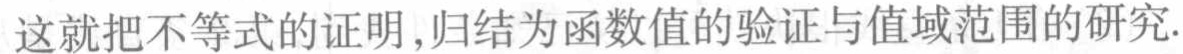
这就把不等式的证明,归结为函数值的验证与值域范围的研究.